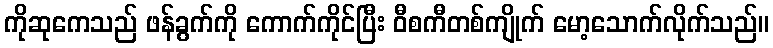
ကိုဆုကေသည် ဖန်ခွက်ကို ကောက်ကိုင်ပြီး ဝီစကီတစ်ကျိုက် မော့သောက်လိုက်သည်။